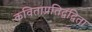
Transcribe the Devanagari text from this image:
कविताप्रतिद्वंद्विता